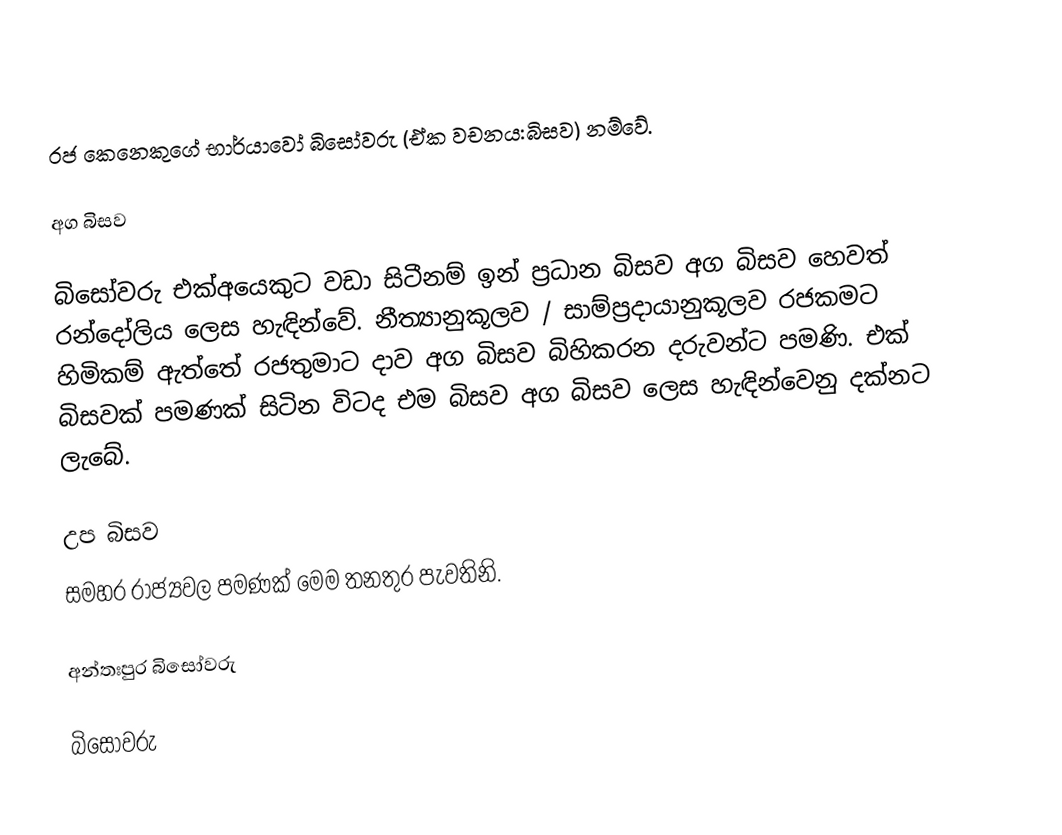
රජ කෙනෙකුගේ භාර්යාවෝ බිසෝවරු (ඒක වචනය:බිසව) නම්වේ.

අග බිසව

බිසෝවරු එක්අයෙකුට වඩා සිටීනම් ඉන් ප්‍රධාන බිසව අග බිසව හෙවත් රන්දෝලිය ලෙස හැඳින්වේ. නීත්‍යානුකූලව / සාම්ප්‍රදායානුකූලව රජකමට හිමිකම් ඇත්තේ රජතුමාට දාව අග බිසව  බිහිකරන දරුවන්ට පමණි. එක් බිසවක් පමණක් සිටින විටද එම බිසව අග බිසව ලෙස හැඳින්වෙනු දක්නට ලැබේ.

උප බිසව
සමහර රාජ්‍යවල පමණක් මෙම තනතුර පැවතිනි.

අන්තඃපුර බිසෝවරු

බිසෝවරු